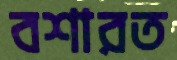
বশারত